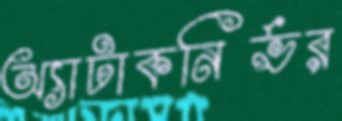
অ্যাটাকনির্ভর